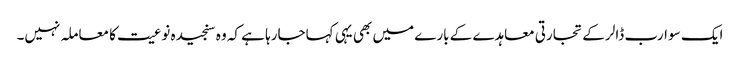
ایک سو ارب ڈالر کے تجارتی معاہدے کے بارے میں بھی یہی کہاجارہا ہے کہ وہ سنجیدہ نوعیت کا معاملہ نہیں۔